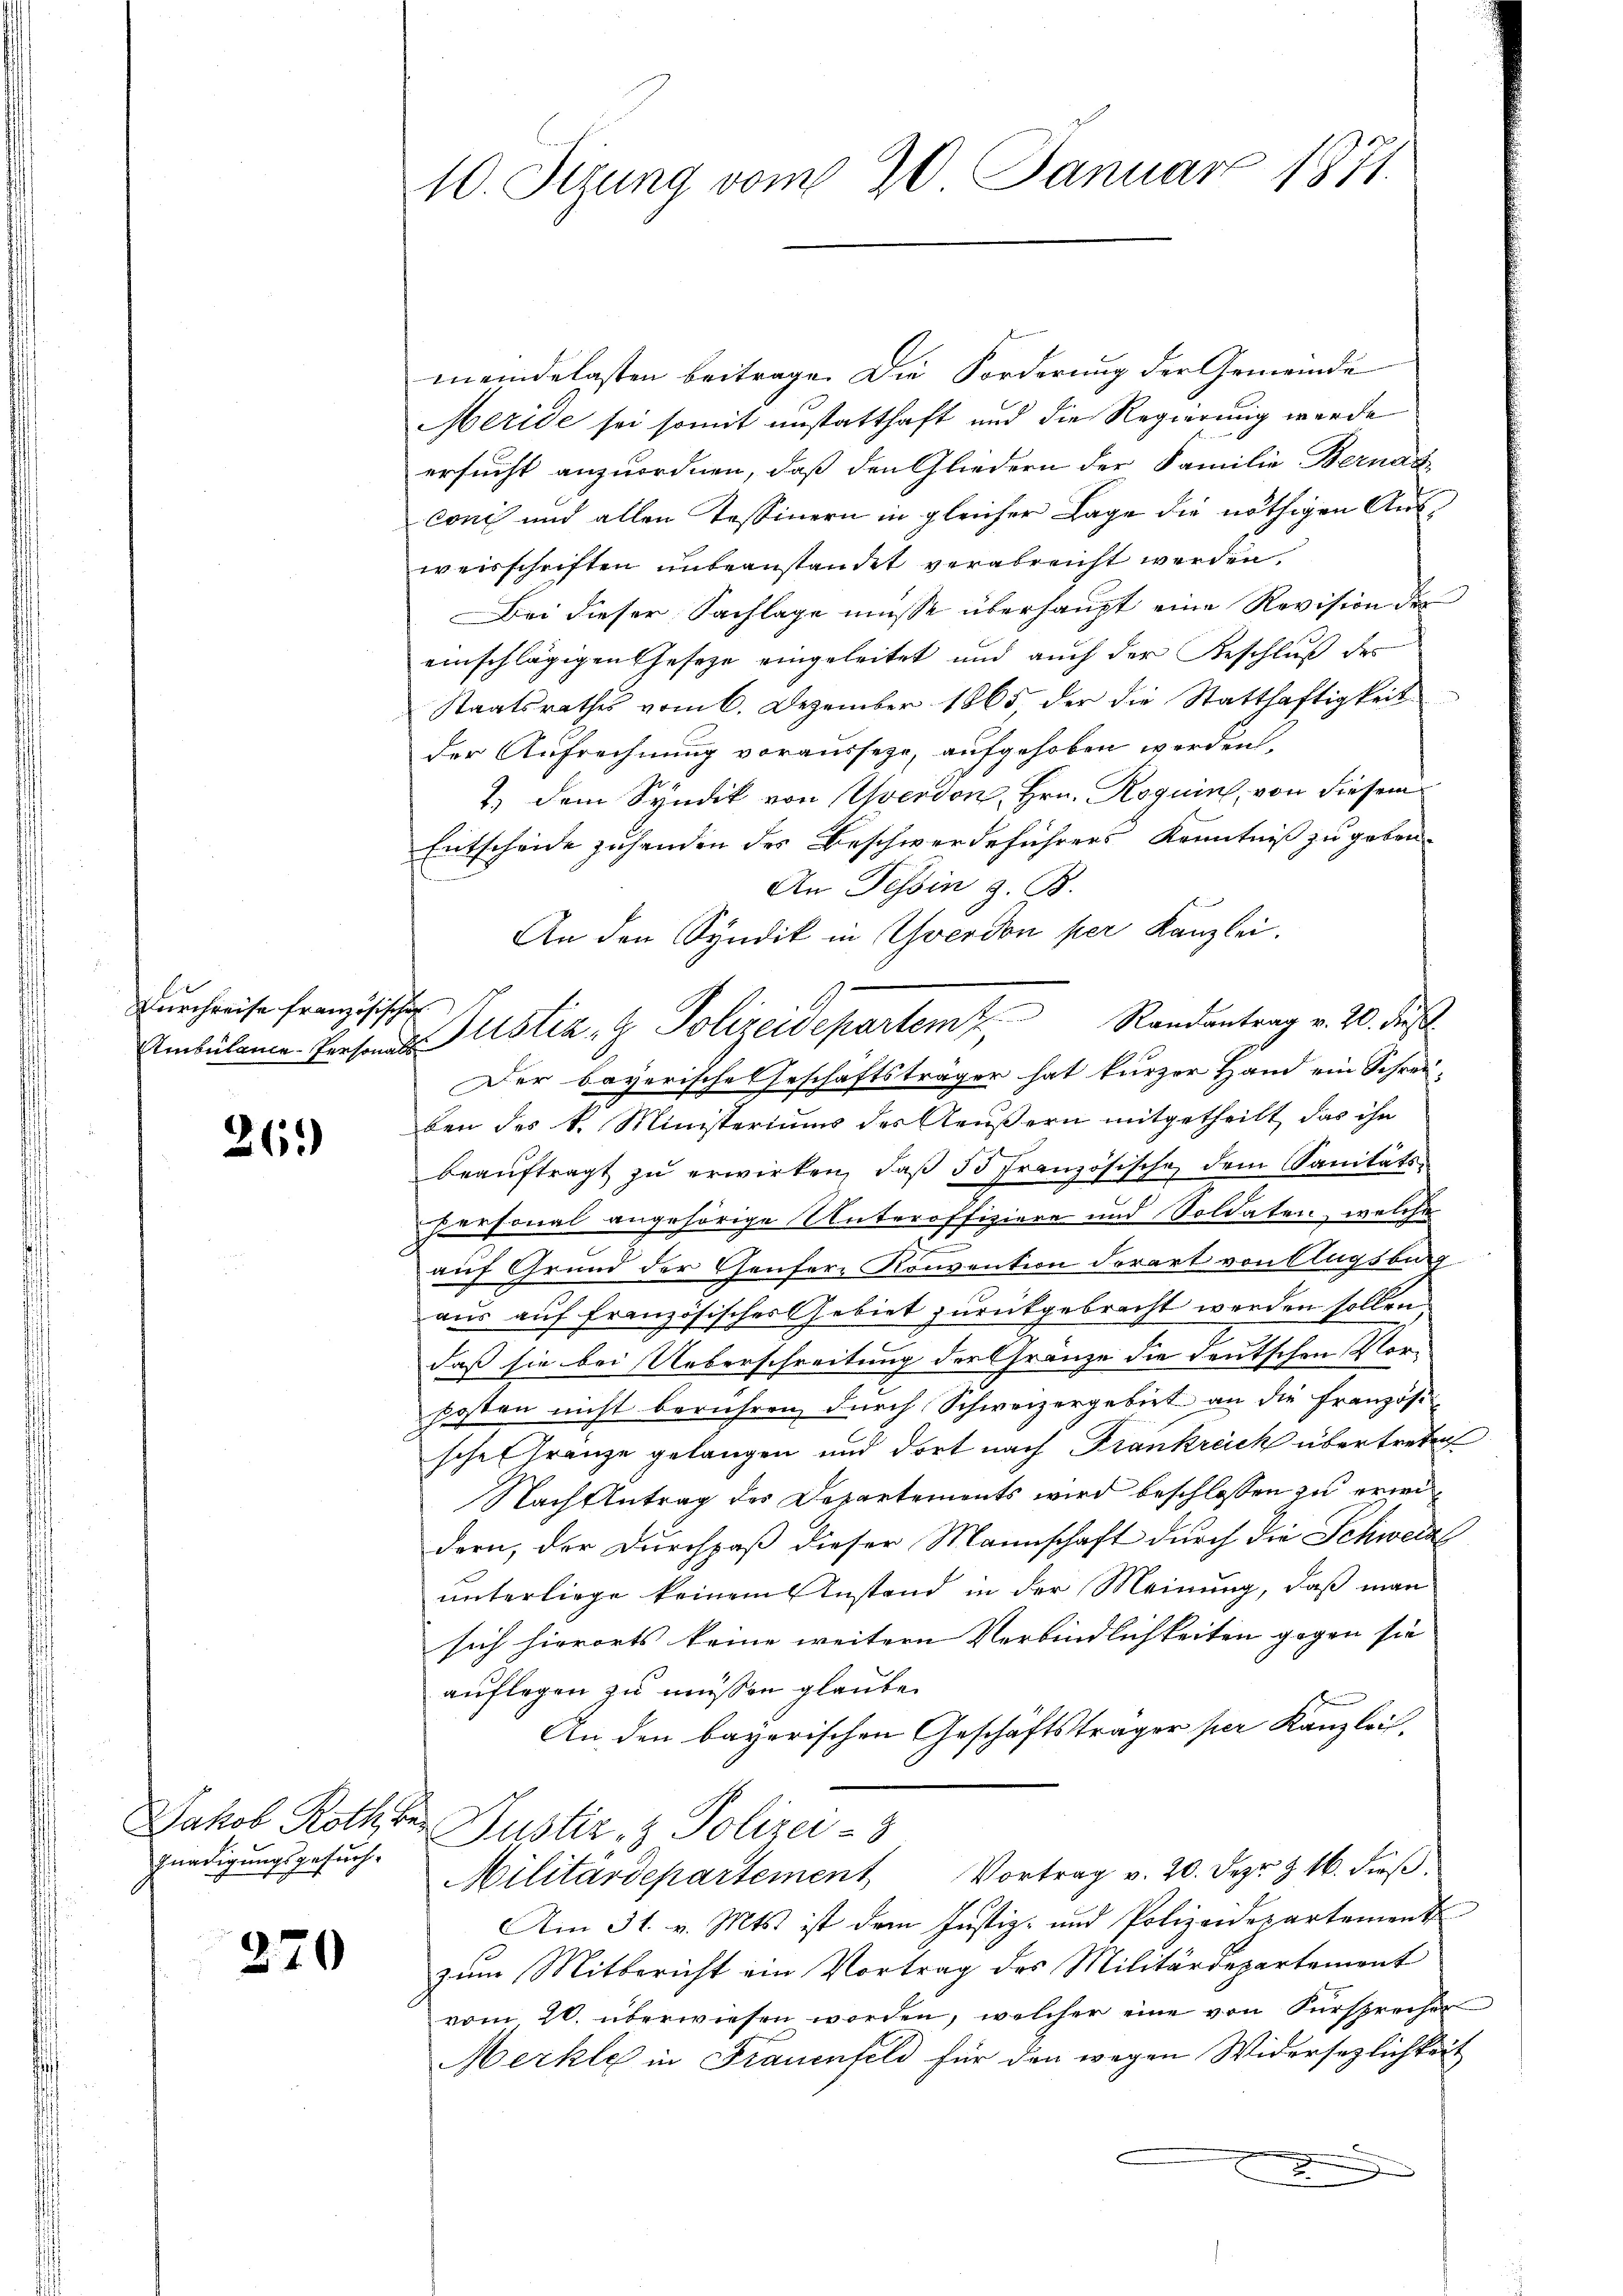
Durchreise Französischen

26.)

fnadigungsgesuch.

370

10. Sizung vom 20. Januar 1871.

Ambulare Personas Justiz- & Polizeidepartem Randantrag v. 20. Fuß

meindelasten beitrage. Die Forderung der Gemeinde
Meride sei somit unstatthaft und die Regierung werde
ersucht anzuordnen, daß den Gliedern der Familie Bernas
coni und allen Tessinern in gleicher Lage die nöthigen Ausweisschriften unbeanstandet verabreicht werden.
Bei dieser Sachlage müsse überhaupt eine Revision der
einschlägigen Geseze eingeleitet und auch der Beschluß des
Staatsrathes vom 6. Dezember 1865, der die Statthaftigkeit
der Aufrechnung vorausseze, aufgehoben werden.
1.) Dem Syndik von Yverdon, Hrn. Roguin, von diesem
Entscheide zusenden des Beschwerdeführers Kenntniß zu geben.
An Tessin z. B.
An den Syndik in Yverdon per Kanzlei.
Der bayerische Geschäftsträger hat kurzer Hand ein Schrei-
ben des k. Ministeriums des Aeußern mitgetheilt, das ihr
beaŭftragt zŭ erwirken, daβ d Französische dem Sanitäts-
personal angehörige Unteroffiziere und Soldaten, welche
auf Grund der Genfere Konvention derart von Augsburg
aus auf französisches Gebiet zurückgebracht werden sollen.
daß sie bei Ueberschreitung der Gränze die deutschen Vorposten nicht berühren, durch Schweizergebiet an die Französi
sche Gränze gelangen und dort nach Frankreich übertreten
Nach Antrag des Departements wird beschlossen zu erwidern, der Durchpaß dieser Mannschaft durch die Schweize
unterliege keinem Anstand in der Meinung, daß man
sich hierorts keine weitern Verbindlichkeiten gegen sie |
auflegen zu müssen glaube.
An den bayerischen Geschäftsträger per Kanzlei,
Jakob Rothter Justiz- & Polizei-3
Militärdepartement Vortrag v. 20. Dez. & 16. dieβ.
Am 31. v. Mts. ist dem Justiz- und Polizeidepartament
zum Mitbericht ein Vortrag des Militärdepartemont
vom 20. überwiesen worden, welcher eine von Fürsprecher
Merkte in Frauenfeld für den wegen Widersezlichkeit
d
e
x